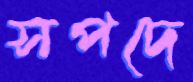
সপদে